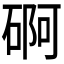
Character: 𮀫